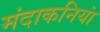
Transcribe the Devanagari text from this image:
मंदाकनियां